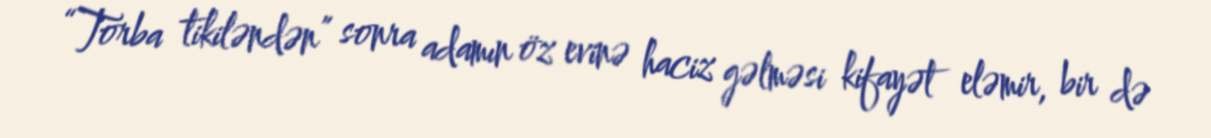
“Torba tikiləndən” sonra adamın öz evinə haciz gəlməsi kifayət eləmir, bir də